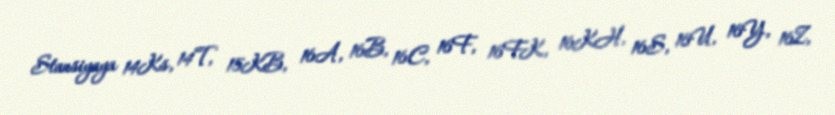
Stansiyaya 14Ks, 14T, 15KB, 16A, 16B, 16C, 16F, 16FK, 16KH, 16S, 16U, 16Y, 16Z,